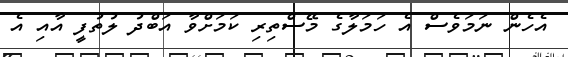
އެހެން ނަމަވެސް އެ ހަމަލާގެ މޭސްތިރި ކަމަށްވާ އަބްދު ލުތުފީ އާއި އެ